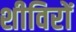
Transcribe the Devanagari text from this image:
शीविरों